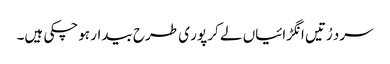
سرد رُتیں انگڑائیاں لے کر پور ی طرح بیدار ہوچکی ہیں۔